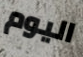
اليوم